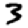
Digit: 3